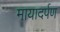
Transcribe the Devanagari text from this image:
मायादर्पण